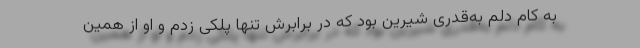
به کام دلم به‌قدری شیرین بود که در برابرش تنها پلکی زدم و او از همین